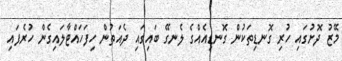
މޭޒު ދޮށުގައި ހުރި ގޮނޑިތަކުން ގޮނޑިއެއްގެ ލެނގޭ ބައިގައި ދެއަތުން ހިފަހައްޓާލައިގެން ހުރެފައި